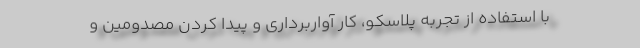
با استفاده از تجربه پلاسکو، کار آواربرداری و پیدا کردن مصدومین و